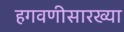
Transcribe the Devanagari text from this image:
हगवणीसारख्या